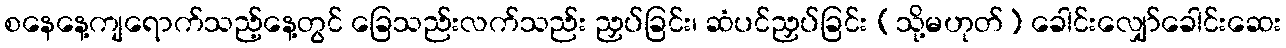
စနေနေ့ကျရောက်သည့်နေ့တွင် ခြေသည်းလက်သည်း ညှပ်ခြင်း၊ ဆံပင်ညှပ်ခြင်း (သို့မဟုတ်) ခေါင်းလျှော်ခေါင်းဆေး